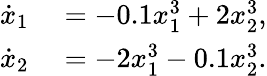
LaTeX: \begin{array}{rl}{\dot{x}_{1}}&{{}=-0.1x_{1}^{3}+2x_{2}^{3},}\\ {\dot{x}_{2}}&{{}=-2x_{1}^{3}-0.1x_{2}^{3}.}\end{array}